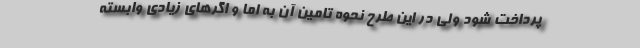
پرداخت شود ولی در این طرح نحوه تامین آن به اما و اگرهای زیادی وابسته